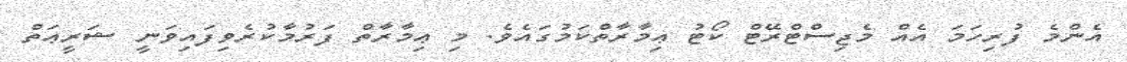
އެންމެ ފުރިހަމަ އެއް މެޖިސްޓްރޭޓް ކޯޓު ޢިމާރާތްކަމުގައެވެ. މި ޢިމާރާތް ފަރުމާކުރެވިފައިވަނީ ޝަރީޢަތް